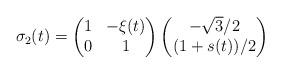
LaTeX: \begin{align*}\sigma_2(t) = \begin{pmatrix} 1 & -\xi(t) \\ 0 &1\end{pmatrix} \begin{pmatrix} -\sqrt{3}/2 \\ (1+s(t))/2\end{pmatrix}\end{align*}